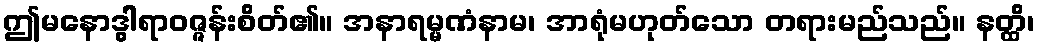
ဤမနောဒွါရာဝဇ္ဇန်းစိတ်၏။ အနာရမ္မဏံနာမ၊ အာရုံမဟုတ်သော တရားမည်သည်။ နတ္ထိ၊